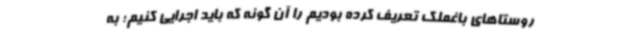
روستاهای باغملک تعریف کرده بودیم را آن گونه که باید اجرایی کنیم؛ به